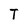
Character: T